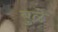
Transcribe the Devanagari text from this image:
बुळे